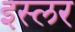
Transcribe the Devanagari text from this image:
इस्लर